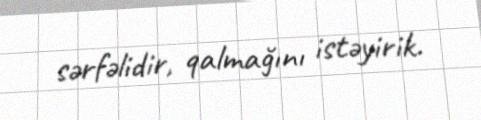
sərfəlidir, qalmağını istəyirik.